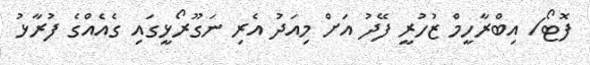
ފޮޓޯ/ އިބްރާހީމް ޒުހުރީ ފޭދު އަށް މިއަދު އެރި ނަގޫރޯޅީގައި ގެއެއްގެ ފުރާޅު